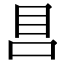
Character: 𰥏